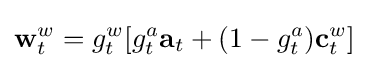
\mathbf {w} _{t}^{w}=g_{t}^{w}[g_{t}^{a}\mathbf {a} _{t}+(1-g_{t}^{a})\mathbf {c} _{t}^{w}]